Annual report on the Civil Veterinary Department, Burma (including the Insein Veterinary School) - 1923-1931
Year: 1923
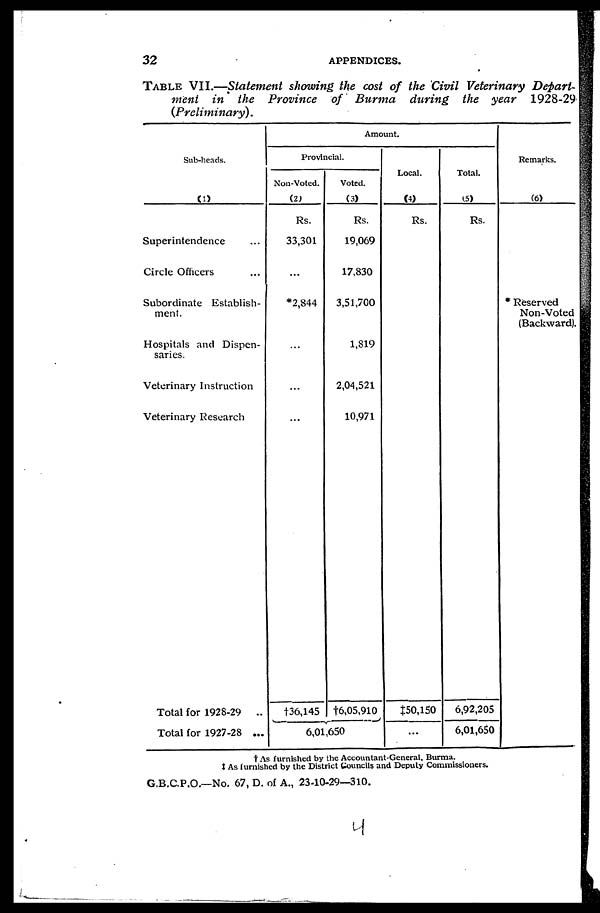
32
APPENDICES.
TABLE VII.—Statement showing the cost of the Civil Veterinary Depart-
ment in the Province of Burma during the year 1928-29
(Preliminary).
Sub-heads.
(1)
Superintendence ...
Circle Officers ...
Subordinate Establish-
ment.
Hospitals and Dispen-
saries.
Veterinary Instruction
Veterinary Research
Total for 1928-29
..
Total for 1927-28 ...
Amo
unt.
Provincial.
(2)
Rs.
33,301
...
*2,844
...
...
...
†36,145
(3)
Rs.
19,069
17,830
3,51,700
1,819
2,04,521
10,971
†6,05,910
6,01,650
Local.
(4)
Rs.
‡50,150
...
Total.
(5)
Rs.
6,92,205
6,01,650
Remarks.
(6)
* Reserved
Non-Voted
(Backward).
† As furnished by the Accountant-General, Burma.
‡ As furnished by the District Councils and Deputy Commissioners.
G.B.C.P.O.—No. 67, D. of A., 23-10-29—310.